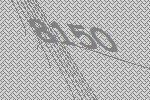
8150